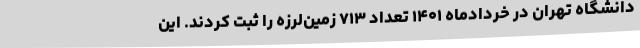
دانشگاه تهران در خردادماه ۱۴۰۱ تعداد ۷۱۳ زمین‌لرزه را ثبت کردند. این